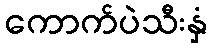
ကောက်ပဲသီးနှံ